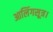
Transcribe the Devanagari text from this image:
आलिंगसूत्र।